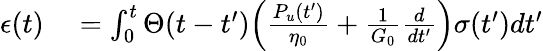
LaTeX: \begin{array}{rl}{{\epsilon}(t)}&{{}=\int_{0}^{t}\Theta(t-t^{\prime})\Big(\frac{P_{u}(t^{\prime})}{\eta_{0}}+\frac{1}{G_{0}}\frac{d}{dt^{\prime}}\Big)\sigma(t^{\prime})dt^{\prime}}\end{array}